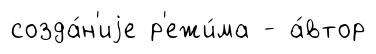
созда́н'иjе р'ежи́ма - а́втор